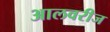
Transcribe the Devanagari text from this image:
आलवरीज